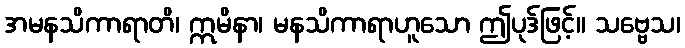
အမနသိကာရာတိ၊ ဣမိနာ၊ မနသိကာရာဟူသော ဤပုဒ်ဖြင့်။ သဗ္ဗေသ၊